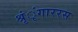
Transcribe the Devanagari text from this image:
श्रृंृंगाररस